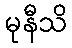
မုနီသိ